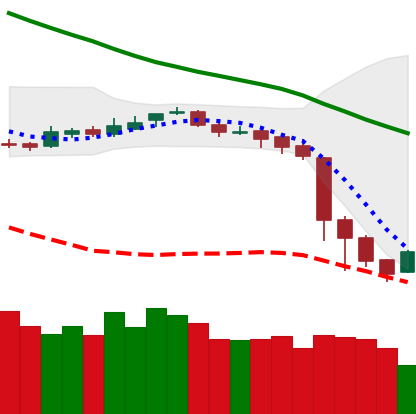
Ticker: BNB-USD
Chart end date: 2018-11-18
Forward return: -30.53%
Label: down_7plus